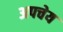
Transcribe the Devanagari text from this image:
अपचेय